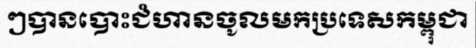
ៗបានបោះជំហានចូលមកប្រទេសកម្ពុជា